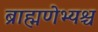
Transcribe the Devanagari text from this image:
ब्राह्मणेभ्यश्च